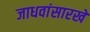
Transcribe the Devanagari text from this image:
जाधवांसारखे